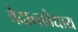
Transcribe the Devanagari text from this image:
वेदान्तवेद्याय